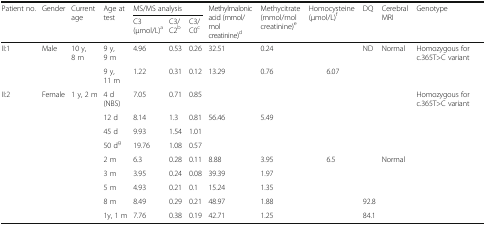
<table><thead><tr><td rowspan="2"><b>Patient no.</b></td><td rowspan="2"><b>Gender</b></td><td rowspan="2"><b>Current age</b></td><td rowspan="2"><b>Age at test</b></td><td colspan="3"><b>MS/MS analysis</b></td><td rowspan="2"><b>Methylmalonic acid (mmol/mol creatinine)<sup>d</sup></b></td><td rowspan="2"><b>Methycitrate (mmol/mol creatinine)<sup>e</sup></b></td><td rowspan="2"><b>Homocysteine (μmol/L)<sup>f</sup></b></td><td rowspan="2"><b>DQ</b></td><td rowspan="2"><b>Cerebral MRI</b></td><td rowspan="2"><b>Genotype</b></td></tr><tr><td><b>C3 (μmol/L)<sup>a</sup></b></td><td><b>C3/C2<sup>b</sup></b></td><td><b>C3/C0<sup>c</sup></b></td></tr></thead><tbody><tr><td>II:1</td><td>Male</td><td>10 y, 8 m</td><td>9 y, 9 m</td><td>4.96</td><td>0.53</td><td>0.26</td><td>32.51</td><td>0.24</td><td></td><td rowspan="2">ND</td><td rowspan="2">Normal</td><td rowspan="2">Homozygous for c.365T&gt;C variant</td></tr><tr><td></td><td></td><td></td><td>9 y, 11 m</td><td>1.22</td><td>0.31</td><td>0.12</td><td>13.29</td><td>0.76</td><td>6.07</td></tr><tr><td>II:2</td><td>Female</td><td>1 y, 2 m</td><td>4 d (NBS)</td><td>7.05</td><td>0.71</td><td>0.85</td><td></td><td></td><td></td><td></td><td></td><td rowspan="9">Homozygous for c.365T&gt;C variant</td></tr><tr><td></td><td></td><td></td><td>12 d</td><td>8.14</td><td>1.3</td><td>0.81</td><td>56.46</td><td>5.49</td><td></td><td></td><td></td></tr><tr><td></td><td></td><td></td><td>45 d</td><td>9.93</td><td>1.54</td><td>1.01</td><td></td><td></td><td></td><td></td><td></td></tr><tr><td></td><td></td><td></td><td>50 d<sup>g</sup></td><td>19.76</td><td>1.08</td><td>0.57</td><td></td><td></td><td></td><td></td><td></td></tr><tr><td></td><td></td><td></td><td>2 m</td><td>6.3</td><td>0.28</td><td>0.11</td><td>8.88</td><td>3.95</td><td>6.5</td><td></td><td>Normal</td></tr><tr><td></td><td></td><td></td><td>3 m</td><td>3.95</td><td>0.24</td><td>0.08</td><td>39.39</td><td>1.97</td><td></td><td></td><td></td></tr><tr><td></td><td></td><td></td><td>5 m</td><td>4.93</td><td>0.21</td><td>0.1</td><td>15.24</td><td>1.35</td><td></td><td></td><td></td></tr><tr><td></td><td></td><td></td><td>8 m</td><td>8.49</td><td>0.29</td><td>0.21</td><td>48.97</td><td>1.88</td><td></td><td>92.8</td><td></td></tr><tr><td></td><td></td><td></td><td>1y, 1 m</td><td>7.76</td><td>0.38</td><td>0.19</td><td>42.71</td><td>1.25</td><td></td><td>84.1</td><td></td></tr></tbody></table>